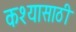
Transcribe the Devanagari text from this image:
कश्यासाठी